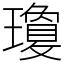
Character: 瓊